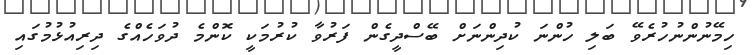
ހިމޭނުންނުހުރެވޭ ބަލި ހުންނަ ކުދިންނަށް ބޭސްދީގެން ފަރުވާ ކުރުމަކީ ކޮންމެ ދުވަހެއްގެ ދިރިއުޅުމުގައި